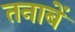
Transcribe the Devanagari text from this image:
तनाबें